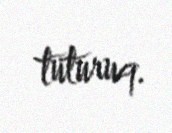
tuturuq.